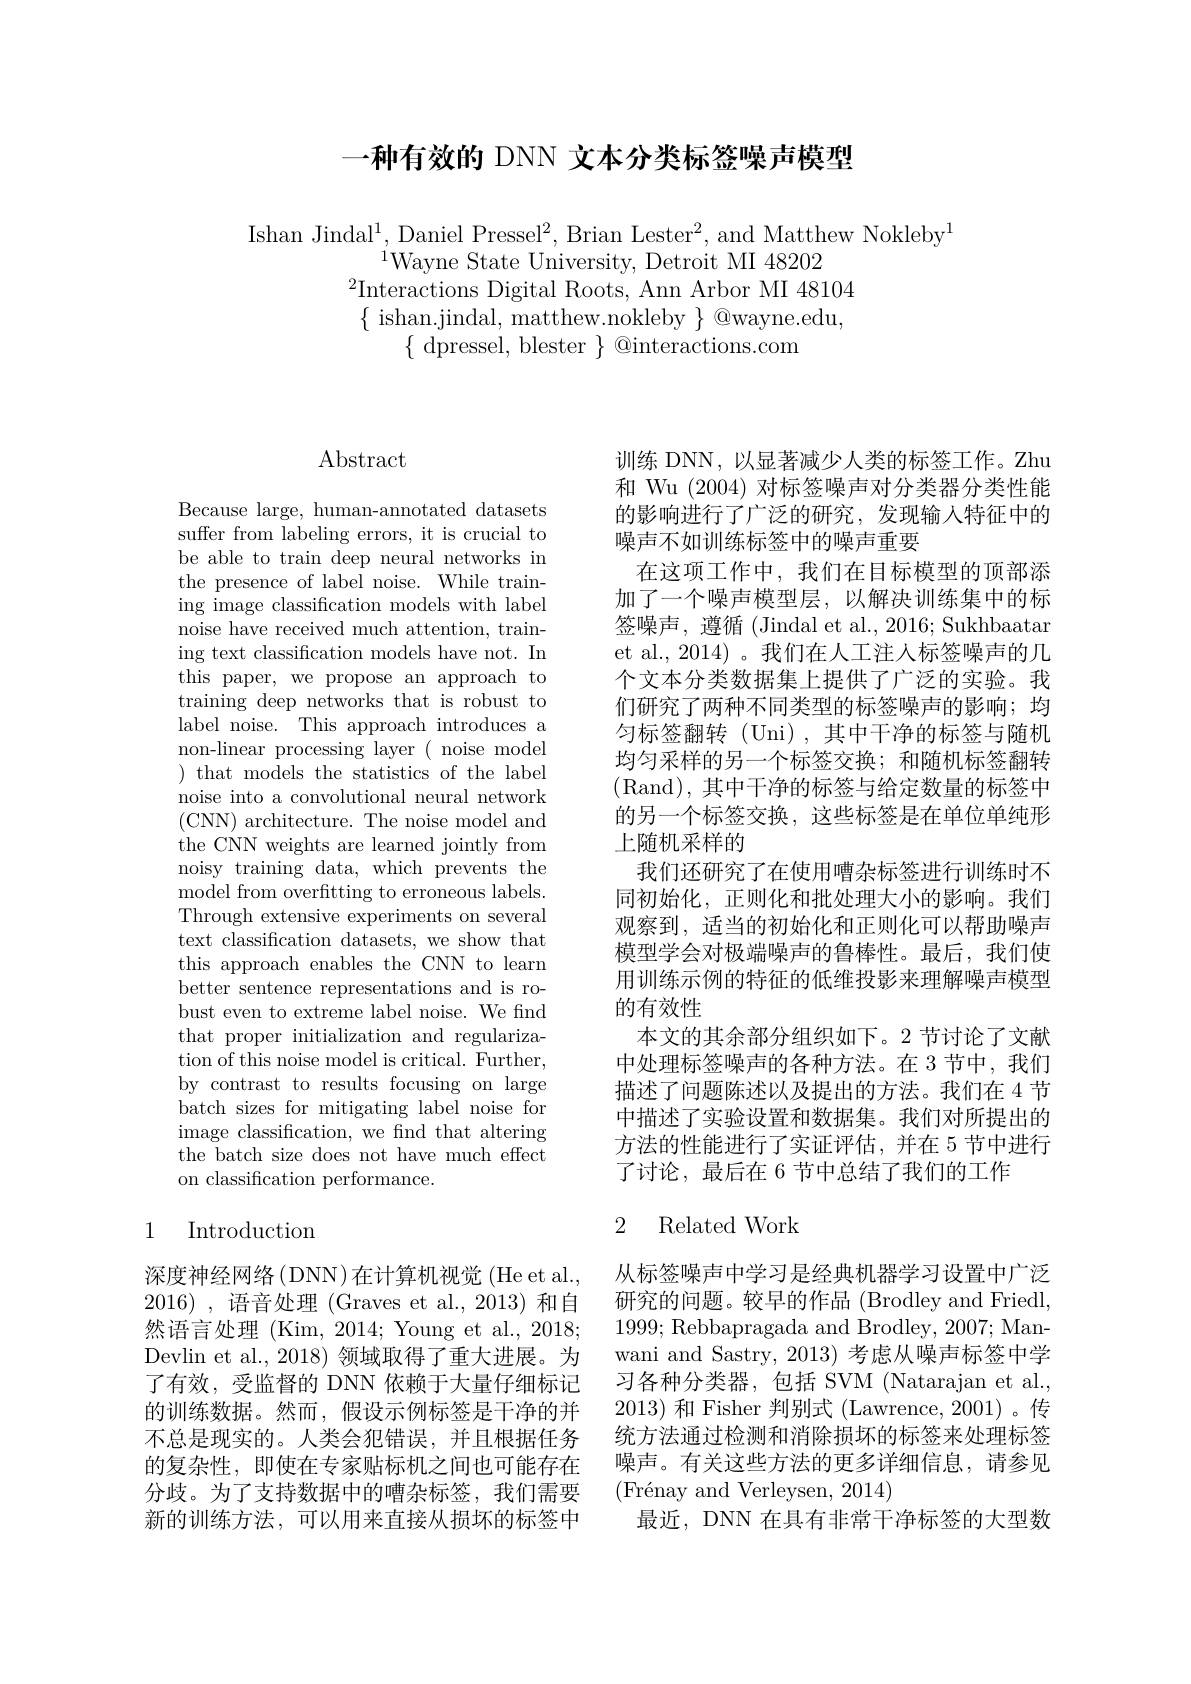
一种有效的 DNN 文本分类标签噪声模型

Ishan Jindal$^1$,Daniel Pressel$^2$,Brian Lester$^2$,and Matthew Nokleby$^1$
$^{\mathrm{i}}$Wayne State University, Detroit MI 48202
$^{2}$Interactions Digital Roots, Ann Arbor MI 48104 $\{\begin{array}{c}{\mathrm{ishan.jindal,~matthew.nokleby~}}\\\end{array}\}\textcircled{\mathrm{@wayne.edu,}}$
$\{$ dpressel, blester $\}$ @interactions.com

# Abstract

Because large, human-annotated datasets suffer from labeling errors, it is crucial to be able to train deep neural networks in the presence of label noise. While training image classification models with label noise have received much attention, training text classification models have not. In this paper, we propose an approach to training deep networks that is robust to label noise. This approach introduces a non-linear processing layer ( noise model ) that models the statistics of the label noise into a convolutional neural network (CNN) architecture. The noise model and the CNN weights are learned jointly from noisy training data, which prevents the ${\mathrm{model~from~overfitting~to~erroneous~labels.}}$ Through extensive experiments on several text classification datasets, we show that this approach enables the CNN to learn better sentence representations and is robust even to extreme label noise. We find that proper initialization and regularization of this noise model is critical. Further, by contrast to results focusing on large batch sizes for mitigating label noise for image classification, we find that altering the batch size does not have much effect on classification performance.

### 1 Introduction

深度神经网络(DNN)在计算机视觉(He et al., 2016),语音处理 (Graves et al.,2013)和自然语言处理(Kim,2014;Young et al., 2018; Devlin et al., 2018) 领域取得了重大进展。为了有效，受监督的 DNN 依赖于大量仔细标记的训练数据。然而，假设示例标签是干净的并不总是现实的。人类会犯错误，并且根据任务的复杂性，即使在专家贴标机之间也可能存在分歧。为了支持数据中的嘈杂标签，我们需要新的训练方法，可以用来直接从损坏的标签中

训练 DNN, 以显著减少人类的标签工作。Zhu 和 Wu (2004)对标签噪声对分类器分类性能的影响进行了广泛的研究，发现输入特征中的噪声不如训练标签中的噪声重要
在这项工作中，我们在目标模型的顶部添加了一个噪声模型层，以解决训练集中的标签噪声，遵循(Jindal et al.,2016; Sukhbaatar et al., 2014)。我们在人工注人标签噪声的几个文本分类数据集上提供了广泛的实验。我们研究了两种不同类型的标签噪声的影响；均匀标签翻转(Uni),其中干净的标签与随机均匀采样的另一个标签交换；和随机标签翻转(Rand),其中干净的标签与给定数量的标签中的另一个标签交换，这些标签是在单位单纯形上随机采样的
我们还研究了在使用嘈杂标签进行训练时不同初始化，正则化和批处理大小的影响。我们观察到，适当的初始化和正则化可以帮助噪声模型学会对极端噪声的鲁棒性。最后，我们使用训练示例的特征的低维投影来理解噪声模型的有效性
本文的其余部分组织如下。2 节讨论了文献中处理标签噪声的各种方法。在 3 节中，我们描述了问题陈述以及提出的方法。我们在 4 节中描述了实验设置和数据集。我们对所提出的方法的性能进行了实证评估，并在 5 节中进行了讨论，最后在 6 节中总结了我们的工作

# 2 Related Work

从标签噪声中学习是经典机器学习设置中广泛研究的问题。较早的作品 (Brodley and Friedl, 1999; Rebbapragada and Brodley, 2007; Manwani and Sastry, 2013) 考虑从噪声标签中学习各种分类器，包括 SVM (Natarajan et al., 2013)和 Fisher 判别式 (Lawrence, 2001)。传统方法通过检测和消除损坏的标签来处理标签噪声。有关这些方法的更多详细信息，请参见$( \text{Fr\' {e}nayandVerleysen, 2014})$
最近，DNN 在具有非常干净标签的大型数